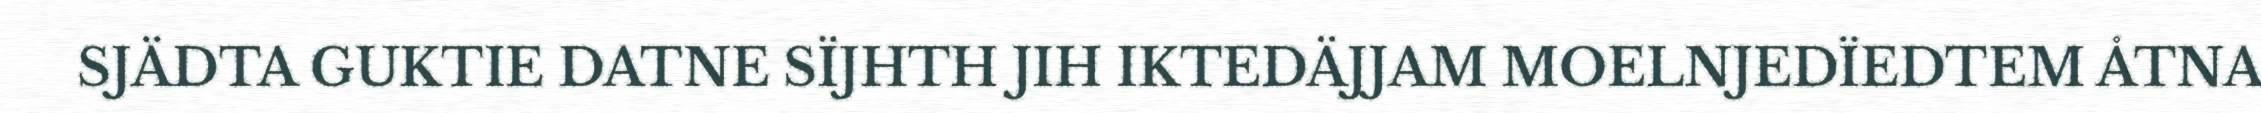
SJÄDTA GUKTIE DATNE SÏJHTH JIH IKTEDÄJJAM MOELNJEDÏEDTEM ÅTNA